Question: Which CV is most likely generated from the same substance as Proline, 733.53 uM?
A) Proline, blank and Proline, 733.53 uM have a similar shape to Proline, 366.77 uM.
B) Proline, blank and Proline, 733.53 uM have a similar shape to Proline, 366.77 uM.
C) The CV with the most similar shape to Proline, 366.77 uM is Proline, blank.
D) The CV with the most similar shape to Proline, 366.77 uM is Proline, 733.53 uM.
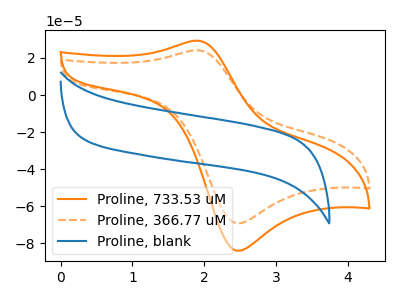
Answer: <think>The orange curve "Proline, 733.53 uM" has an anodic peak at (1.90V, 29.35uA) and a cathodic peak at (2.45V, -84.10uA). The orange dashed curve "Proline, 366.77 uM" has an anodic peak at (1.90V, 24.20uA) and a cathodic peak at (2.45V, -69.30uA). The blue curve "Proline, blank" has no peaks.
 All the peaks in "Proline, 733.53 uM" have a peak in "Proline, 366.77 uM" at the same potential. Every peak in "Proline, 733.53 uM" is higher than every peak in "Proline, 366.77 uM". "Proline, 733.53 uM" and "Proline, blank" have a different number of peaks. "Proline, 366.77 uM" and "Proline, blank" have a different number of peaks.</think>
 <answer>D) The CV with the most similar shape to "Proline, 366.77 uM" is "Proline, 733.53 uM".</answer>
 <eval>D</eval>